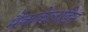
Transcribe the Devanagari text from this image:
मैककेलडिन